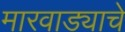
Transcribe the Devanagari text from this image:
मारवाड्याचे